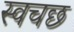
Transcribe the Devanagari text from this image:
स्वचछ